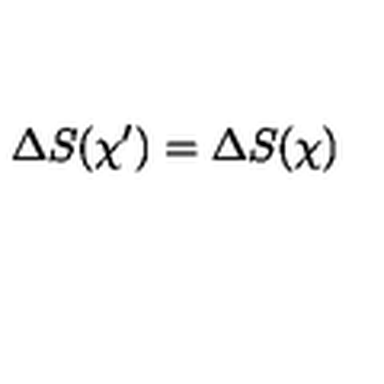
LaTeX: \Delta S ( \chi ^ { \prime } ) = \Delta S ( \chi )